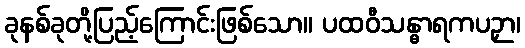
ခုနစ်ခုတို့ပြည့်ကြောင်းဖြစ်သော။ ပထဝီသန္ဓာရကပဉှာ၊